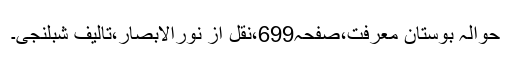
حوالہ بوستانِ معرفت،صفحہ699،نقل از نورالابصار،تالیف شبلنجی۔